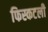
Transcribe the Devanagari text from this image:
फिस्कटली